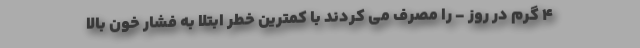
4 گرم در روز - را مصرف می کردند با کمترین خطر ابتلا به فشار خون بالا